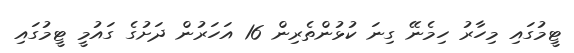
ޓީމުގައި މިހާރު ހިމެނޭ ގިނަ ކުޅުންތެރިން 16 އަހަރުން ދަށުގެ ގައުމީ ޓީމުގައި